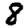
Digit: 8